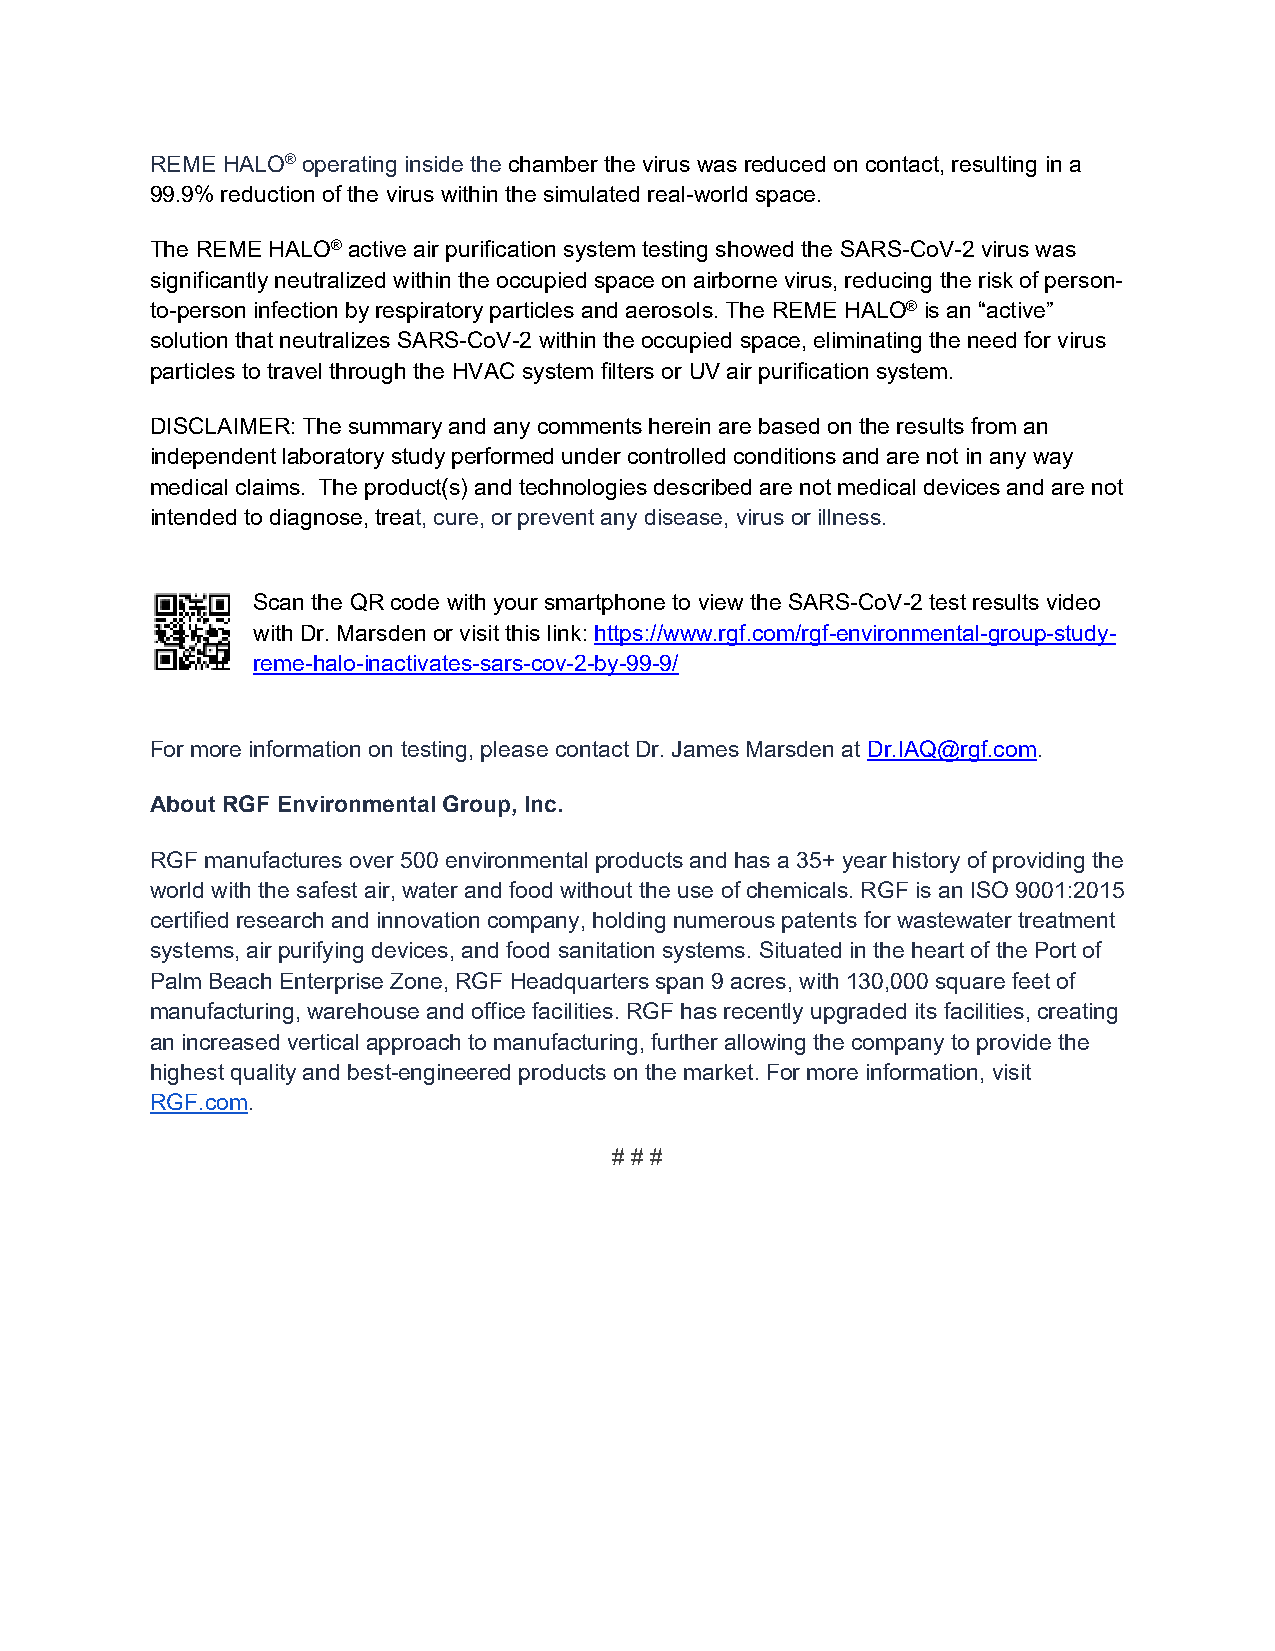
REME HALO® operating inside the chamber the virus was reduced on contact, resulting in a
 99.9% reduction of the virus within the simulated real-world space.
 The REME HALO® active air purification system testing showed the SARS-CoV-2 virus was
 significantly neutralized within the occupied space on airborne virus, reducing the risk of person-
 to-person infection by respiratory particles and aerosols. The REME HALO® is an “active”
 solution that neutralizes SARS-CoV-2 within the occupied space, eliminating the need for virus
 particles to travel through the HVAC system filters or UV air purification system.
 DISCLAIMER: The summary and any comments herein are based on the results from an
 independent laboratory study performed under controlled conditions and are not in any way
 medical claims. The product(s) and technologies described are not medical devices and are not
 intended to diagnose, treat, cure, or prevent any disease, virus or illness.
 Scan the QR code with your smartphone to view the SARS-CoV-2 test results video
 with Dr. Marsden or visit this link: https://www.rgf.com/rgf-environmental-group-study-
 reme-halo-inactivates-sars-cov-2-by-99-9/
 For more information on testing, please contact Dr. James Marsden at Dr.IAQ@rgf.com.
 About RGF Environmental Group, Inc.
 RGF manufactures over 500 environmental products and has a 35+ year history of providing the
 world with the safest air, water and food without the use of chemicals. RGF is an ISO 9001:2015
 certified research and innovation company, holding numerous patents for wastewater treatment
 systems, air purifying devices, and food sanitation systems. Situated in the heart of the Port of
 Palm Beach Enterprise Zone, RGF Headquarters span 9 acres, with 130,000 square feet of
 manufacturing, warehouse and office facilities. RGF has recently upgraded its facilities, creating
 an increased vertical approach to manufacturing, further allowing the company to provide the
 highest quality and best-engineered products on the market. For more information, visit
 RGF.com.
 # # #